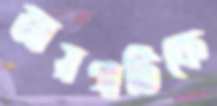
জায়গাটিকে